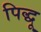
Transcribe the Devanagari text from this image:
पिद्धू